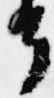
了